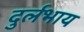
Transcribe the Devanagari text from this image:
दुर्लभाय